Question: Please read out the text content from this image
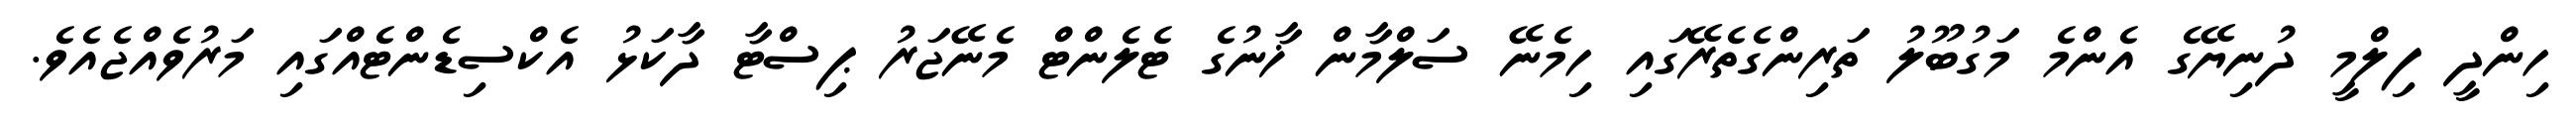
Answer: ހިންދީ ފިލްމީ ދުނިޔޭގެ އެންމެ މަގުބޫލު ތަރިންގެތެރޭގައި ހިމެނޭ ސަލްމާން ޚާނުގެ ޓެލެންޓް މެނޭޖަރު ޕިސްޓާ ދާކަޅު އެކްސިޑެންޓެއްގައި މަރުވެއްޖެއެވެ.